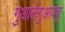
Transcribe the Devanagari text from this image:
गुआलेगुआयचु